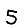
Digit: 5